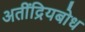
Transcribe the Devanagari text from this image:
अतींद्रियबोध